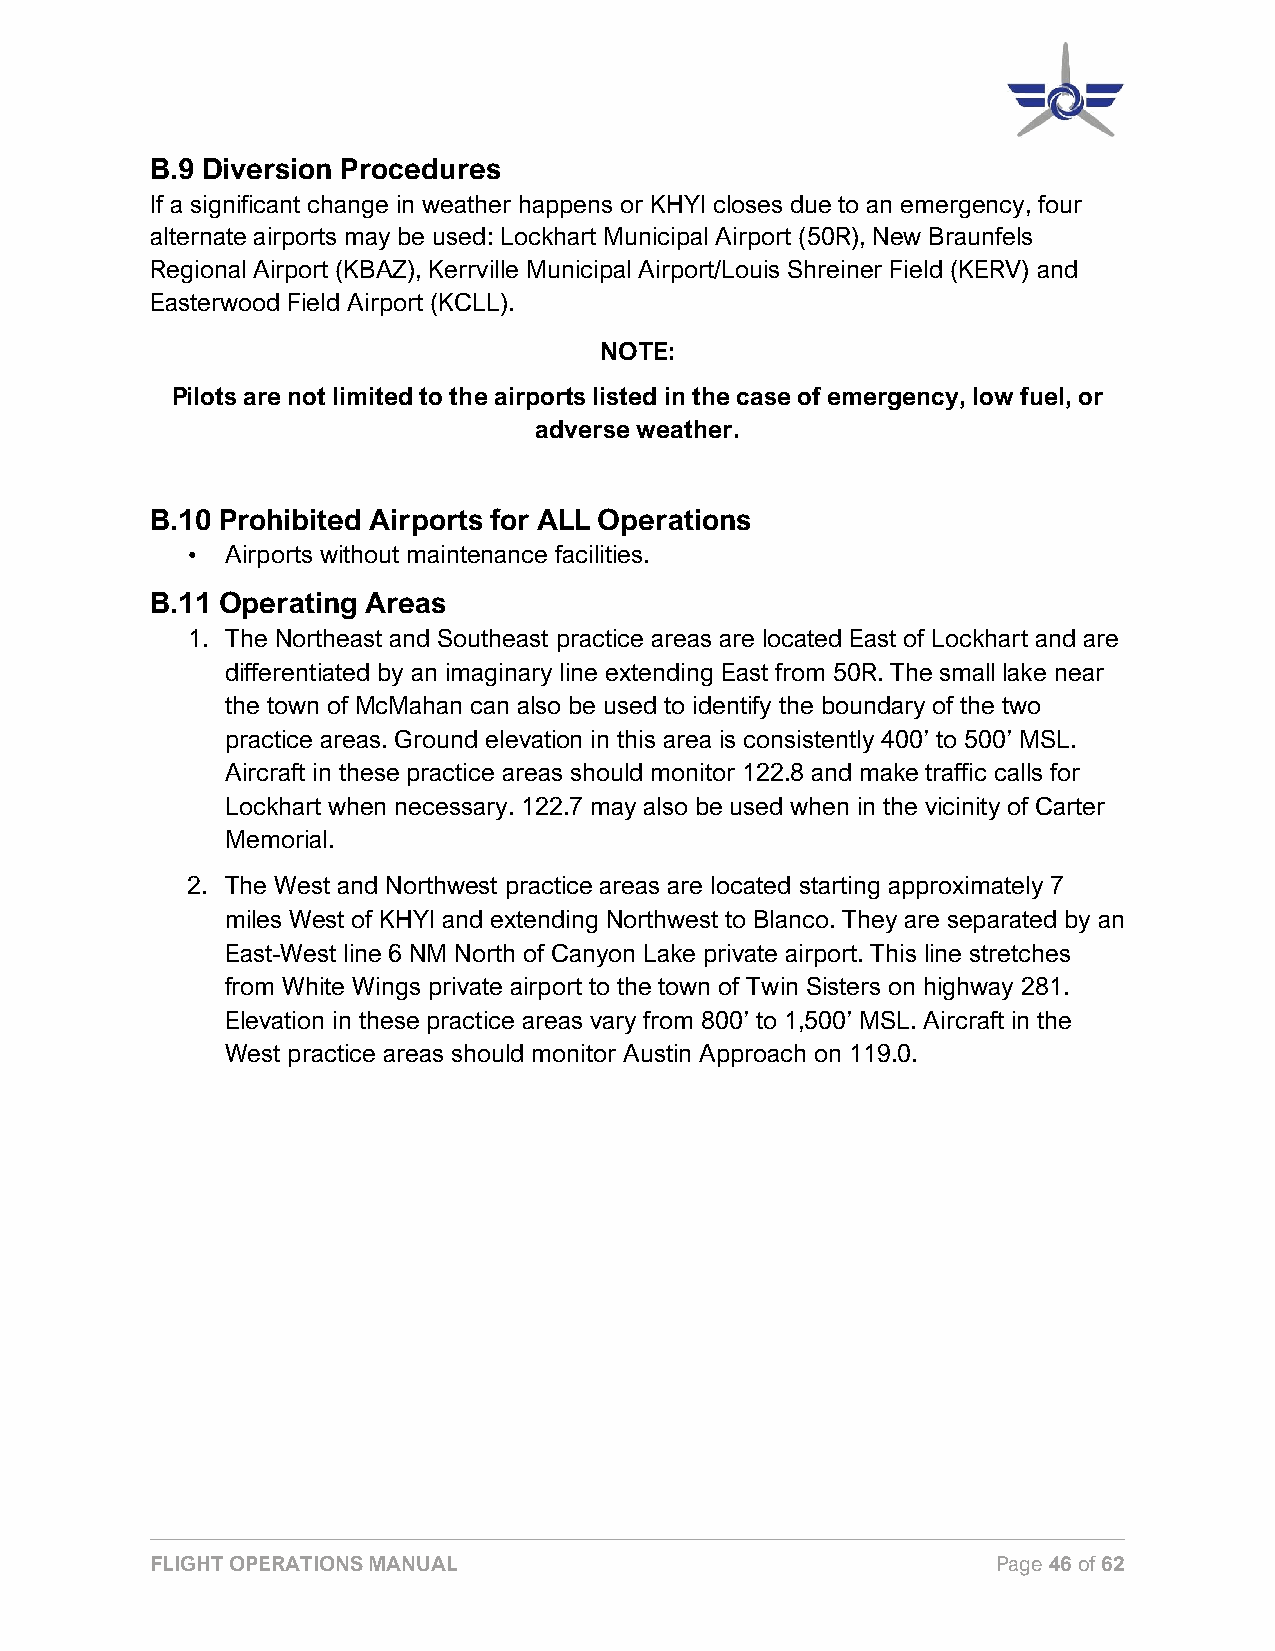
B.9 Diversion Procedures
 If a significant change in weather happens or KHYI closes due to an emergency, four
 alternate airports may be used: Lockhart Municipal Airport (50R), New Braunfels
 Regional Airport (KBAZ), Kerrville Municipal Airport/Louis Shreiner Field (KERV) and
 Easterwood Field Airport (KCLL).
 NOTE:
 Pilots are not limited to the airports listed in the case of emergency, low fuel, or
 adverse weather.
 B.10 Prohibited Airports for ALL Operations
 •  Airports without maintenance facilities.
 B.11 Operating Areas
 1. The Northeast and Southeast practice areas are located East of Lockhart and are
 differentiated by an imaginary line extending East from 50R. The small lake near
 the town of McMahan can also be used to identify the boundary of the two
 practice areas. Ground elevation in this area is consistently 400’ to 500’ MSL.
 Aircraft in these practice areas should monitor 122.8 and make traffic calls for
 Lockhart when necessary. 122.7 may also be used when in the vicinity of Carter
 Memorial.
 2. The West and Northwest practice areas are located starting approximately 7
 miles West of KHYI and extending Northwest to Blanco. They are separated by an
 East-West line 6 NM North of Canyon Lake private airport. This line stretches
 from White Wings private airport to the town of Twin Sisters on highway 281.
 Elevation in these practice areas vary from 800’ to 1,500’ MSL. Aircraft in the
 West practice areas should monitor Austin Approach on 119.0.
 FLIGHT OPERATIONS MANUAL                                Page 46 of 62